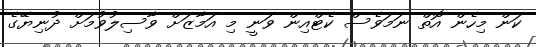
ކަން މިހެން އޮތް ނަމަވެސް ކެޓްއިން ވަނީ މި އަމާޒަށް ވާސިލުވުމަށް ދުނިޔޭގެ